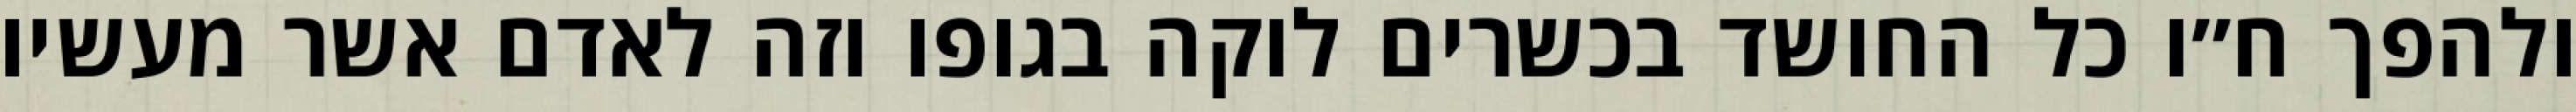
ולהפך ח״ו כל החושד בכשרים לוקה בגופו וזה לאדם אשר מעשיו